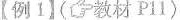
【例1】（教材P11）